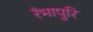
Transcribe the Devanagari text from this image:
रंभापुरि